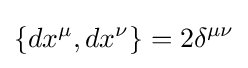
\{dx^{\mu },dx^{\nu }\}=2\delta ^{\mu \nu }